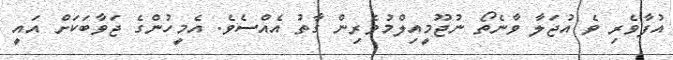
އުފާވެރި ވެ އުޖަލާ ވާނެތޯ ނުޖޫމީއިލްމުވެރިން ގާތު އެއްސެވެ. އެމީހުންގެ ޖަވާބަކަށް އައީ